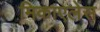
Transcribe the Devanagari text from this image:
मिकाएलेंस